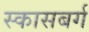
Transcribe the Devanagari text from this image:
स्कासबर्ग